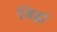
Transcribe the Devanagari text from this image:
जिह्वां